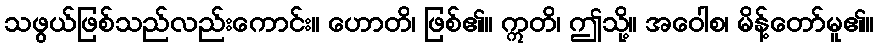
သဖွယ်ဖြစ်သည်လည်းကောင်း။ ဟောတိ၊ ဖြစ်၏။ ဣတိ၊ ဤသို့။ အဝေါစ၊ မိန့်တော်မူ၏။